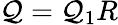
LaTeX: \textstyle\mathcal{Q}=\mathcal{Q}_{1}R